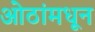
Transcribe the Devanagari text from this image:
ओठांमधून